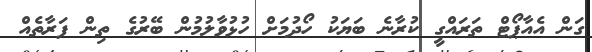
ގަން އެއާޕޯޓް ތަރައްގީ ކުރާނެ ބަޔަކު ހޯދުމަށް ހުޅުވާލުމުން ބޭރުގެ ތިން ފަރާތެއް